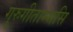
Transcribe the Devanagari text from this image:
गुरुगीताम्भसि